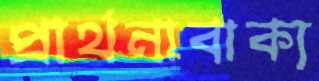
প্রার্থনাবাক্য